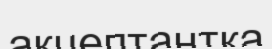
акцептантқа